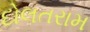
દોલતરામ